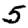
Digit: 5